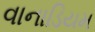
વાનાડિયમ